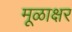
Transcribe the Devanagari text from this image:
मूळाक्षर